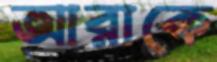
আরাকে